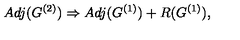
A d j ( G ^ { ( 2 ) } ) \Rightarrow A d j ( G ^ { ( 1 ) } ) + R ( G ^ { ( 1 ) } ) ,